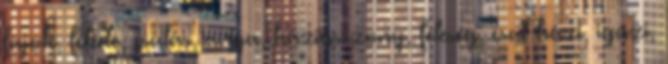
fajok, fekete, csalás, anya, háziasszony, feleség, csal házi, igazi,